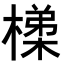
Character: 𭫴